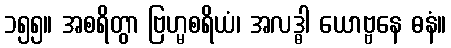
၁၅၅။ အစရိတွာ ဗြဟ္မစရိယံ၊ အလဒ္ဓါ ယောဗ္ဗနေ ဓနံ။